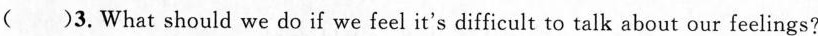
( )3. What should we do if we feel it's difficult to talk about our feelings?